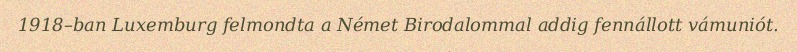
1918–ban Luxemburg felmondta a Német Birodalommal addig fennállott vámuniót.